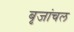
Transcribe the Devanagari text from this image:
बृजांचल